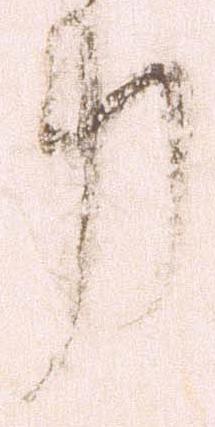
力